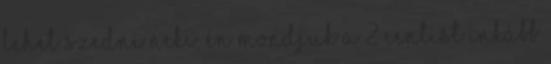
lehet szedni neki. Én mondjuk a 2 centist inkább